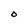
Character: O